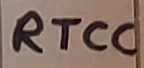
Text: RTCC